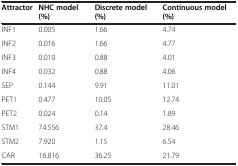
| Attractor | NHC model (%) | Discrete model (%) | Continuous model (%) |
 | --- | --- | --- | --- |
 | INF1 | 0.005 | 1.66 | 4.74 |
 | INF2 | 0.016 | 1.66 | 4.77 |
 | INF3 | 0.010 | 0.88 | 4.01 |
 | INF4 | 0.032 | 0.88 | 4.06 |
 | SEP | 0.144 | 9.91 | 11.01 |
 | PET1 | 0.477 | 10.05 | 12.74 |
 | PET2 | 0.024 | 0.14 | 1.89 |
 | STM1 | 74.556 | 37.4 | 28.46 |
 | STM2 | 7.920 | 1.15 | 6.54 |
 | CAR | 16.816 | 36.25 | 21.79 |